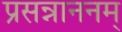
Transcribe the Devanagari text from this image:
प्रसन्नाननम्